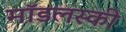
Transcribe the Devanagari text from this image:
मॉडलस्की